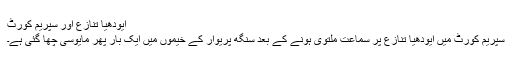
ایودھیا تنازع اور سپریم کورٹ
سپریم کورٹ میں ایودھیا تنازع پر سماعت ملتوی ہونے کے بعد سنگھ پریوار کے خیموں میں ایک بار پھر مایوسی چھا گئی ہے۔